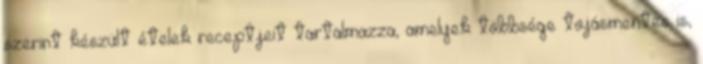
szerint készült ételek receptjeit tartalmazza, amelyek többsége tojásmentes is,